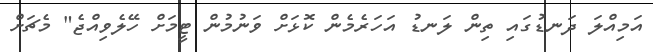
އަމިއްލަ ދަނޑުގައި ތިން ލަނޑު އަހަރެމެން ކޮޅަށް ވަނުމުން ޓީމަށް ހޭލެވިއްޖެ" މެޗަށް